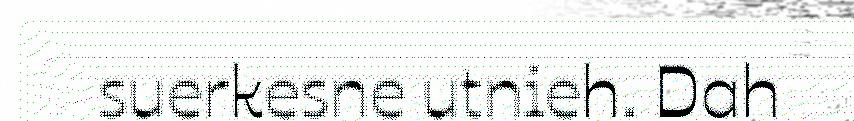
suerkesne utnieh. Dah